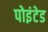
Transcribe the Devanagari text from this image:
पोइंटेड